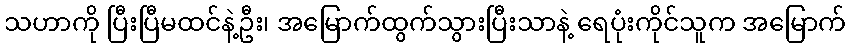
သဟာကို ပြီးပြီမထင်နဲ့ဦး၊ အမြောက်ထွက်သွားပြီးသာနဲ့ ရေပုံးကိုင်သူက အမြောက်